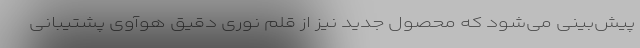
پیش‌بینی می‌شود که محصول جدید نیز از قلم نوری دقیق هوآوی پشتیبانی